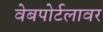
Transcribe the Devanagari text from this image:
वेबपोर्टलावर